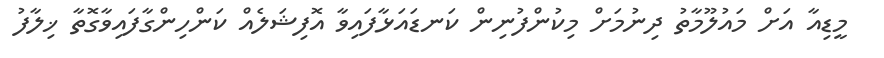
މީޑިއާ އަށް މައުލޫމާތު ދިނުމަށް މިކުންފުނިން ކަނޑައަޅާފައިވާ އޮފިޝަލެއް ކަންހިންގާފައިވާގޮތާ ޚިލާފު